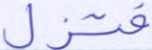
فتزل